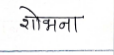
मजकूर: शोभना